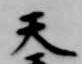
天